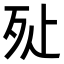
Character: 㱜